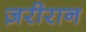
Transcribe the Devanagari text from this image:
ज़रीरान